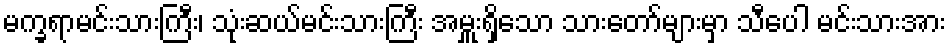
မက္ခရာမင်းသားကြီး၊ သုံးဆယ်မင်းသားကြီး အမှူးရှိသော သားတော်များမှာ သီပေါ မင်းသားအား